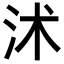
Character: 沭